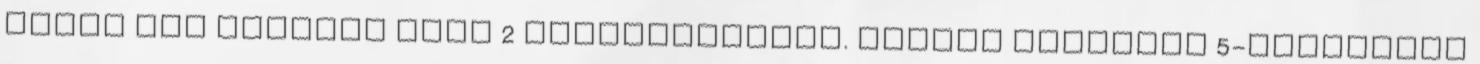
többi úti célokra heti 2 frekvenciával. Európa egyetlen 5-csillagos